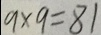
9 \times 9 = 8 1